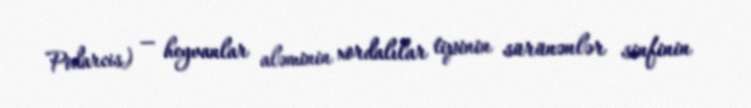
Podarcis) — heyvanlar aləminin xordalılar tipinin sürünənlər sinfinin